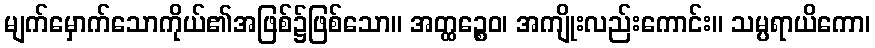
မျက်မှောက်သောကိုယ်၏အဖြစ်၌ဖြစ်သော။ အတ္ထဉ္စေဝ၊ အကျိုးလည်းကောင်း။ သမ္ပရာယိကော၊